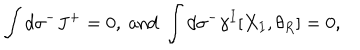
LaTeX: \int d \sigma ^ { - } J ^ { + } = 0 , \mathrm { ~ a n d ~ } \int d \sigma ^ { - } \gamma ^ { I } [ X _ { I } , \theta _ { R } ] = 0 ,